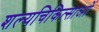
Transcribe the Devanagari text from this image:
शल्यचिकित्साओं